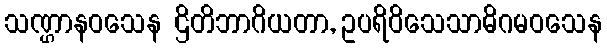
သဏ္ဌာနဝသေန ဌိတိဘာဂိယတာ, ဥပရိဝိသေသာဓိဂမဝသေန